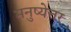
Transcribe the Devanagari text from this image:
मनुष्येत्तर